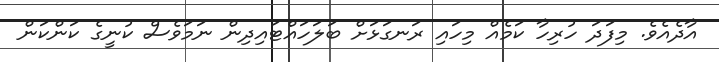
އާދެއެވެ. މިފަދަ ހުރިހާ ކަމެއް މިހައި ރަނގަޅަށް ބަލަހައްޓައިދިން ނަމަވެސް ކުނީގެ ކަންކަން